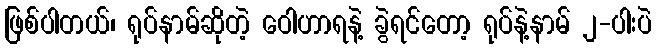
ဖြစ်ပါတယ်၊ ရုပ်နာမ်ဆိုတဲ့ ဝေါဟာရနဲ့ ခွဲရင်တော့ ရုပ်နဲ့နာမ် ၂-ပါးပဲ